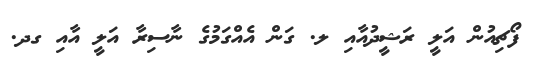
ފޯޗިއުން އަލީ ރަޝީދުއާއި ލ. ގަން އެއްގަމުގެ ނާސިރާ އަލީ އާއި ގދ.